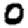
Digit: 0